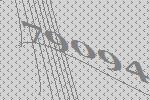
79094